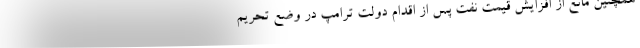
همچنین مانع از افزایش قیمت نفت پس از اقدام دولت ترامپ در وضع تحریم